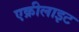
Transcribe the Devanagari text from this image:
एक्रीलाइट